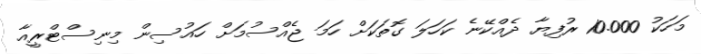
މަހަކު 10.000 ރުފިޔާ ދެއްކޭނެ ކަހަލަ ގޮތަކަށް ހަމަ ޖެއްސުމަށް ހައުސިން މިނިސްޓްރީއާ